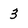
Character: 3